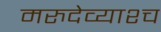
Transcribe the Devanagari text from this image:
मरुदेव्याश्च